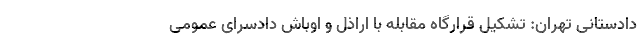
دادستانی تهران: تشکیل قرارگاه مقابله با اراذل و اوباش دادسرای عمومی